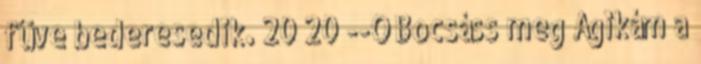
füve bederesedik. 20 20 --Ó Bocsáss meg Ágikám a